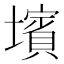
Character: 𡒨